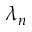
\lambda _ { n }